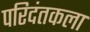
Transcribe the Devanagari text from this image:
परिदंतकला